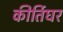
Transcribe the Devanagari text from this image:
कीर्तिघर